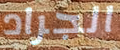
الجراد